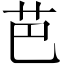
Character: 芭